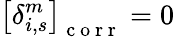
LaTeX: \left[\delta_{i,s}^{m}\right]_{\mathrm{~c~o~r~r~}}=0